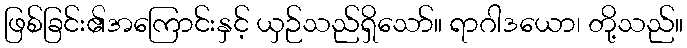
ဖြစ်ခြင်း၏အကြောင်းနှင့် ယှဉ်သည်ရှိသော်။ ရာဂါဒယော၊ တို့သည်။